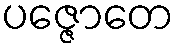
ပဇ္ဇောတေ